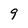
Character: 9